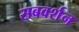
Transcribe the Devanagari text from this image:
सबवर्शन